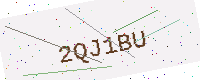
Text: 2QJ1BU